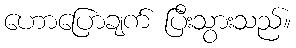
ဟောပြောချက် ပြီးသွားသည်။